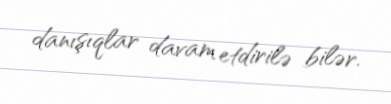
danışıqlar davam etdirilə bilər.